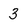
Character: 3